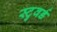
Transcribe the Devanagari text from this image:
स्टुवर्ड